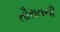
તૌરાતની